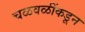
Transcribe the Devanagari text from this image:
चळवळींकडून